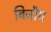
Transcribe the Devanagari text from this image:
बिजौय